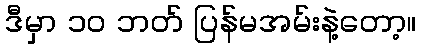
ဒီမှာ ၁၀ ဘတ် ပြန်မအမ်းနဲ့တော့။